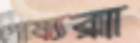
পোষ্যরা